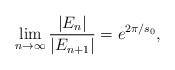
\begin{align*} \lim_{n \to \infty} \frac{|E_n|}{|E_{n+1}|} = e^{2\pi/s_0} , \end{align*}